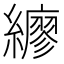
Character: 𦆲